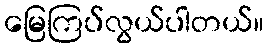
မြေကြပ်လွယ်ပါတယ်။